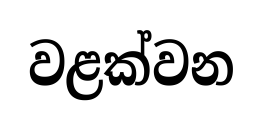
වළක්වන